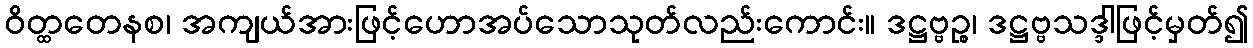
ဝိတ္ထတေနစ၊ အကျယ်အားဖြင့်ဟောအပ်သောသုတ်လည်းကောင်း။ ဒဋ္ဌဗ္ဗဉ္စ၊ ဒဋ္ဌဗ္ဗသဒ္ဒါဖြင့်မှတ်၍